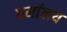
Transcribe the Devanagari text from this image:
धर्मालय